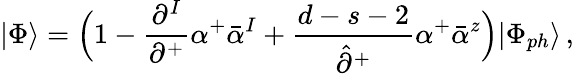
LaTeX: |\Phi\rangle=\Bigl(1-\frac{\partial^{I}}{\partial^{+}}\alpha^{+}\bar{\alpha}^{I}+\frac{d-s-2}{\hat{\partial}^{+}}\alpha^{+}\bar{\alpha}^{z}\Bigr)|\Phi_{ph}\rangle\, ,